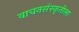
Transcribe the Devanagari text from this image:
वाचनसंस्कृतीला